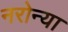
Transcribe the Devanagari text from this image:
नरोन्या